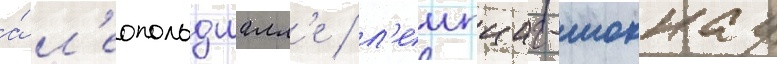
а́ л'еопольдшалл'е / л'еипциг-моккау